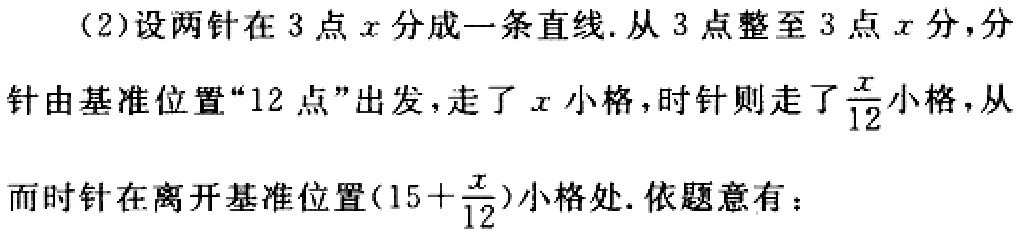
(2)设两针在3点\(x\)分成一条直线.从3点整至3点\(x\)分，分针由基准位置“12点”出发，走了\(x\)小格，时针则走了\(\frac{x}{12}\)小格，从而时针在离开基准位置\((15 + \frac{x}{12})\)小格处. 依题意有：